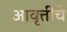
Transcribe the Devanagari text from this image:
आवृत्तींचे